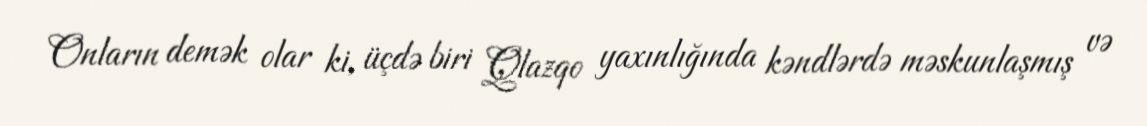
Onların demək olar ki, üçdə biri Qlazqo yaxınlığında kəndlərdə məskunlaşmış və